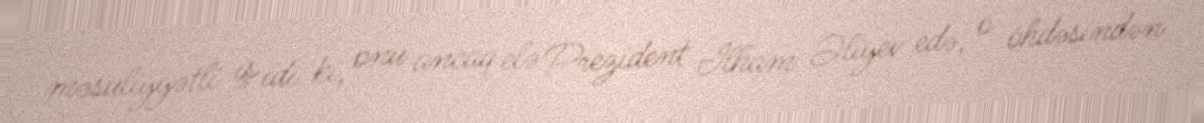
məsuliyyətli iş idi ki, onu ancaq elə Prezident İlham Əliyev edə, o öhdəsindən